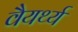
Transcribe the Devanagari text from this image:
वैयर्थ्य